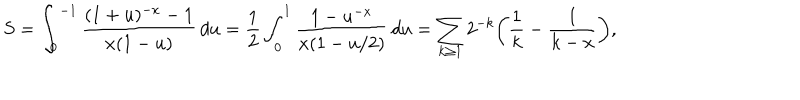
S = \int _ { 0 } ^ { - 1 } \frac { ( 1 + u ) ^ { - x } - 1 } { x ( 1 - u ) } \, d u = \frac { 1 } { 2 } \int _ { 0 } ^ { 1 } \frac { 1 - u ^ { - x } } { x ( 1 - u / 2 ) } \, d u = \sum _ { k \ge 1 } 2 ^ { - k } \bigg ( \frac { 1 } { k } - \frac { 1 } { k - x } \bigg ) ,